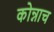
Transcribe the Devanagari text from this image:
कोन्नाच